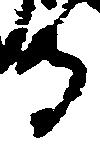
寺